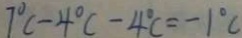
7 ^ { \circ } C - 4 ^ { \circ } C - 4 ^ { \circ } C = - 1 ^ { \circ } C